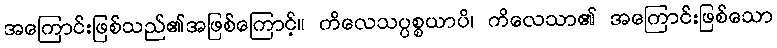
အကြောင်းဖြစ်သည်၏အဖြစ်ကြောင့်။ ကိလေသပ္ပစ္စယာပိ၊ ကိလေသာ၏ အကြောင်းဖြစ်သော